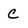
Character: C